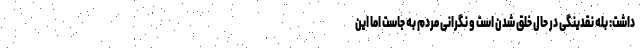
داشت: بله نقدینگی در حال خلق شدن است و نگرانی مردم به جاست اما این